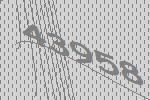
43958